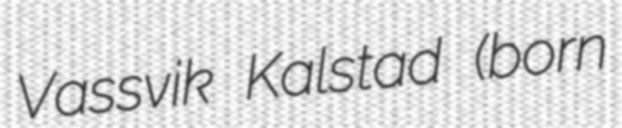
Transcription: Vassvik Kalstad (born